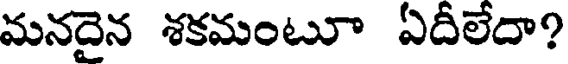
మనదైన శకమంటూ ఏదీలేదా?